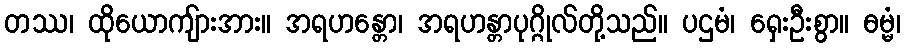
တဿ၊ ထိုယောကျ်ားအား။ အရဟန္တော၊ အရဟန္တာပုဂ္ဂိုလ်တို့သည်။ ပဌမံ၊ ရှေးဦးစွာ။ ဓမ္မံ၊